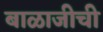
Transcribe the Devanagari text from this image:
बाळाजीची